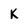
Character: K